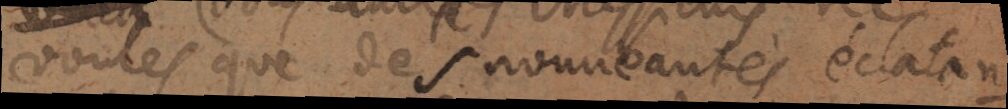
voulés que des nouveautés éclatan-